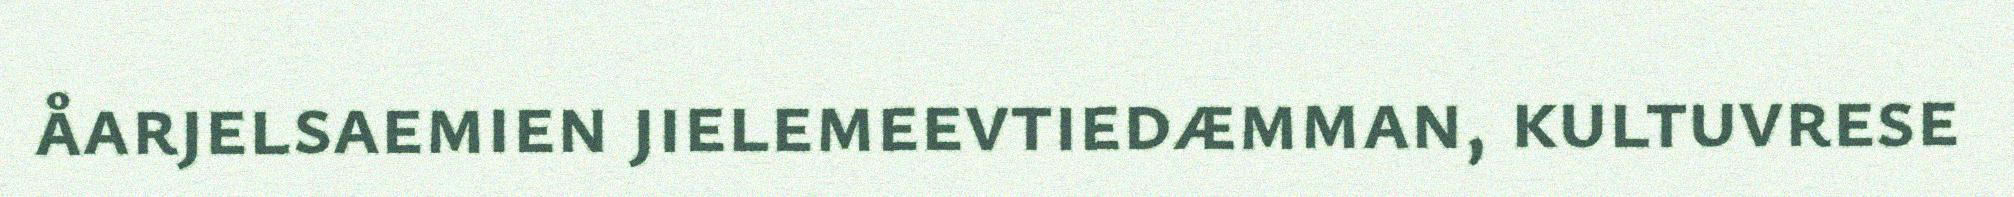
åarjelsaemien jielemeevtiedæmman, kultuvrese